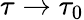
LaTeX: \tau\rightarrow\tau_{0}